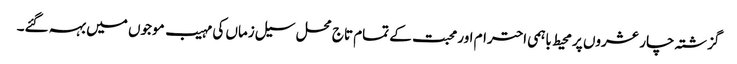
گزشتہ چار عشروں پر محیط باہمی احترام اور محبت کے تمام تاج محل سیل زماں کی مہیب موجوں میں بہہ گئے۔